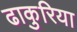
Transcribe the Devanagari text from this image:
ढाकुरिया